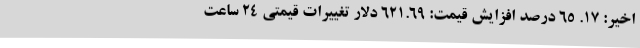
اخیر: ۱۷. ۶۵ درصد افزایش قیمت: ۶۲۱.۶۹ دلار تغییرات قیمتی ۲۴ ساعت